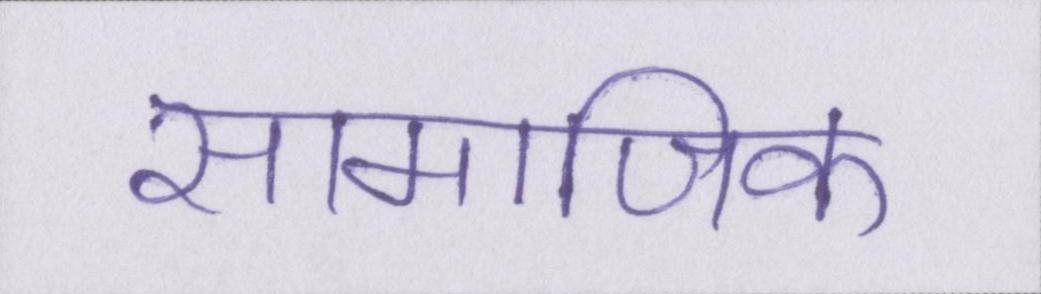
सामाजिक